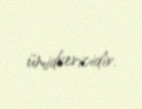
ümidvericidir.